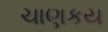
ચાણકય